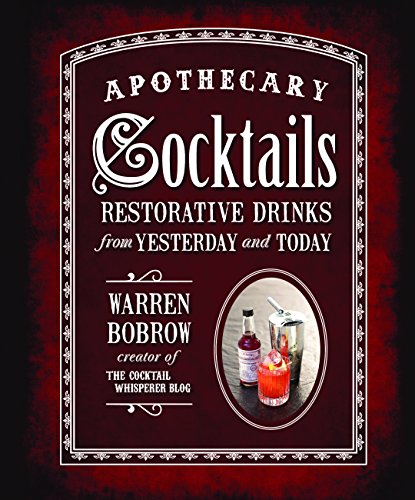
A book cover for Apothecary Cocktails: Restorative Drinks from Yesterday and Today; Warren Bobrow; Cookbooks, Food & Wine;